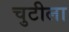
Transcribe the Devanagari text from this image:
चुटीला